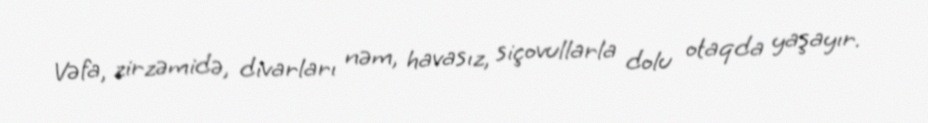
Vəfa, zirzəmidə, divarları nəm, havasız, siçovullarla dolu otaqda yaşayır.